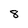
Character: 8